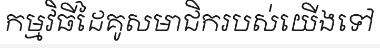
កម្មវិធីដៃគូសមាជិករបស់យើងទៅ